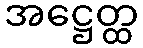
အဋ္ဌေတ္ထ